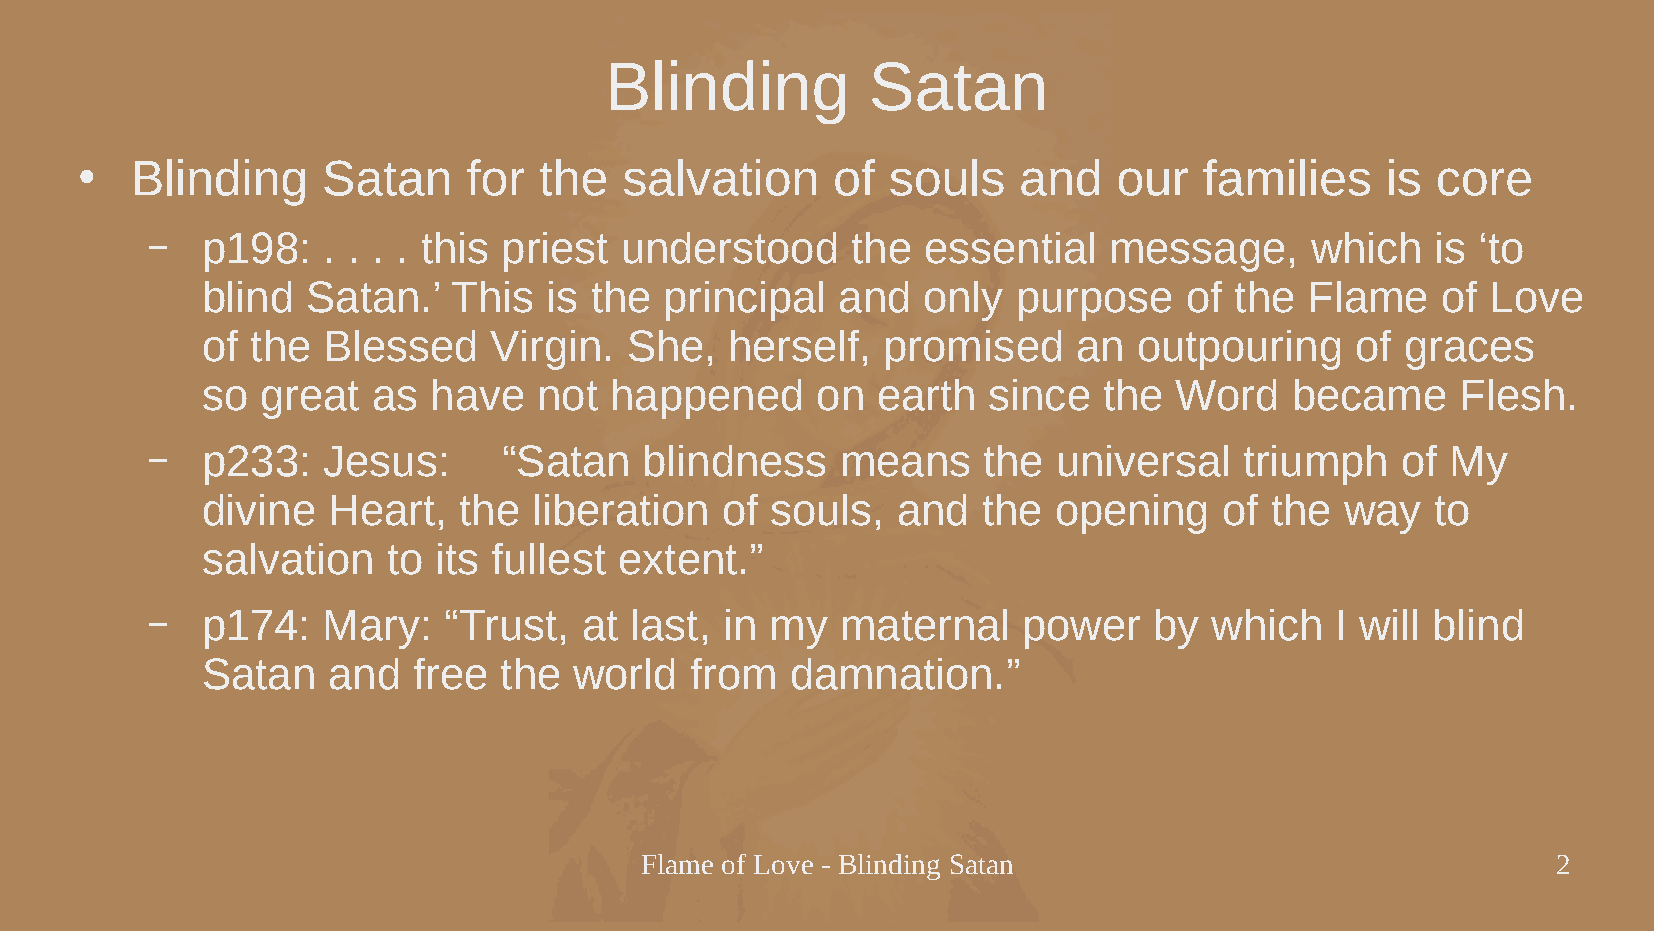
Blinding          Satan
 Blinding    Satan     for  the  salvation     of  souls   and    our   families    is core
 ●
 –  p198:   . . . . this priest understood     the  essential   message,      which   is ‘to
 blind  Satan.’   This  is the  principal  and   only  purpose    of  the  Flame   of  Love
 of  the Blessed     Virgin. She,   herself,   promised    an  outpouring     of graces
 so  great   as have    not happened      on  earth  since   the  Word   became      Flesh.
 –  p233:   Jesus:      “Satan    blindness    means    the  universal   triumph    of My
 divine   Heart,  the  liberation   of souls,  and   the  opening    of the  way   to
 salvation    to its fullest extent.”
 –  p174:   Mary:   “Trust,   at last, in my   maternal    power   by  which   I will blind
 Satan    and  free  the  world   from  damnation.”
 Flame of Love - Blinding Satan                               2